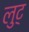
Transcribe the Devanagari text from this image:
लुट्